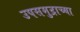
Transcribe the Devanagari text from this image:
उपसमुद्राच्या